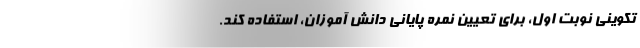
تکوینی نوبت اول، برای تعیین نمره پایانی دانش آموزان، استفاده کند.